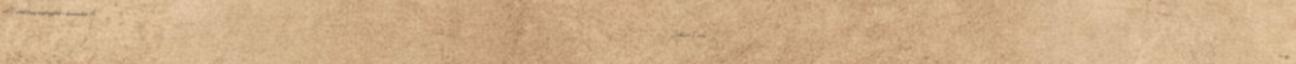
jól Tetted,hogy meghagytad a kommentet A "Jehova Tanúi",és az